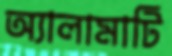
অ্যালামাটি